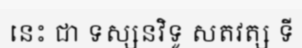
នេះ ជា ទស្សនវិទូ សតវត្ស ទី